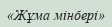
«Жұма мінбері»